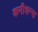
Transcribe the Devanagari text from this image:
कमीशन्स